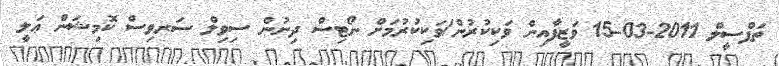
ތަފްސީލް 2011-03-15 ވަޒީފާއިން ވަކިކުރުން/ވަކިކުރުމަށް ނޯޓިސް ދިނުން ސިވިލް ސަރވިސް ކޮމިޝަން ޢަލީ